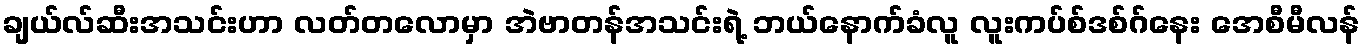
ချယ်လ်ဆီးအသင်းဟာ လတ်တလောမှာ အဲဗာတန်အသင်းရဲ့ ဘယ်နောက်ခံလူ လူးကပ်စ်ဒစ်ဂ်နေး အေစီမီလန်